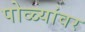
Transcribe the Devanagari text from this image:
पोळ्यांवर